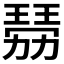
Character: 𤨍